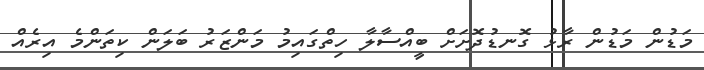
މަޑުން މަޑުން ރާޅު ގޮނޑުދޮށަށް ބީއްސާލާ ހިތްގައިމު މަންޒަރު ބަލަން ކިތަންމެ އިރެއް